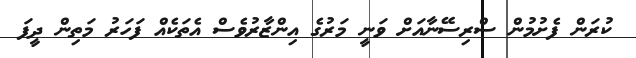
ކުރަން ފެށުމުން ސްރިސޭނާއަށް ވަނީ މަރުގެ އިންޒާރުވެސް އެތަކެއް ފަހަރު މަތިން ދީފަ